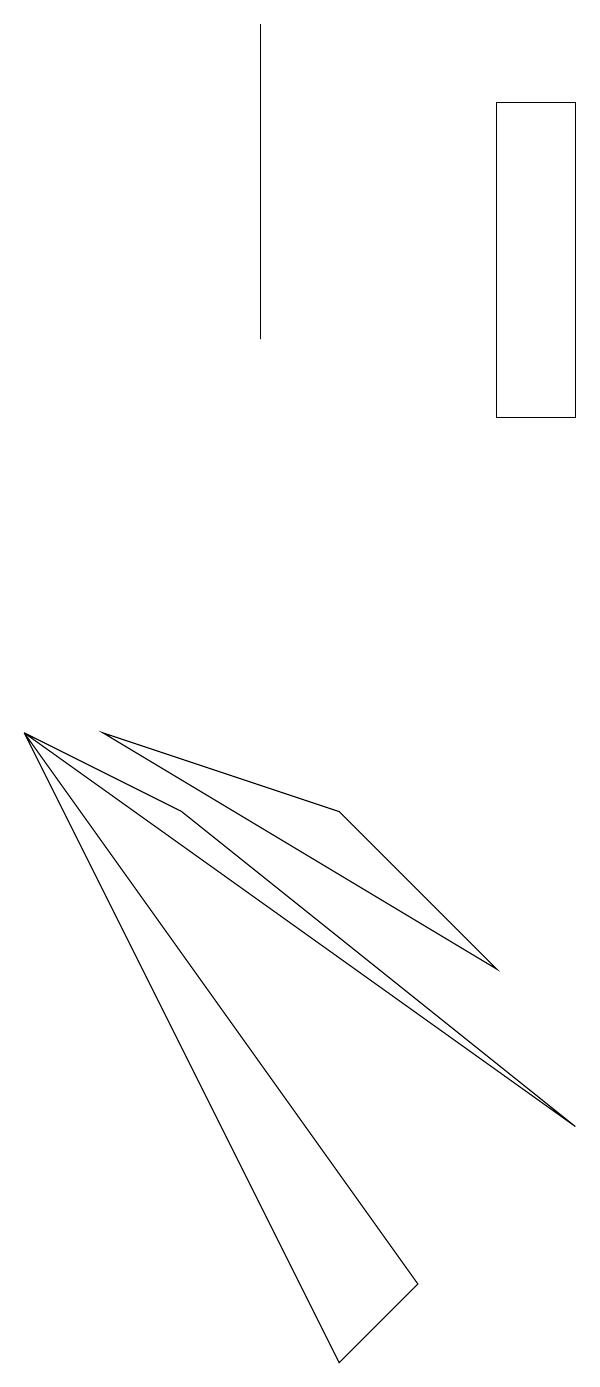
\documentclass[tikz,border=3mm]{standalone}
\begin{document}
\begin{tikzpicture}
\draw (7,13) rectangle (6,17);
\draw (3,18) rectangle (3,14);
\draw (2,8) -- (7,4) -- (0,9) -- cycle;
\draw (4,1) -- (5,2) -- (0,9) -- cycle;
\draw (6,6) -- (1,9) -- (4,8) -- cycle;
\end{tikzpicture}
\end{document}